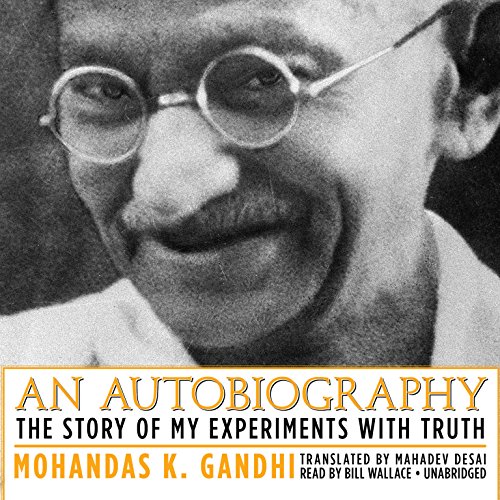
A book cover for An Autobiography: The Story of My Experiments with Truth; Mohandas K. (Mahatma) Gandhi; Religion & Spirituality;